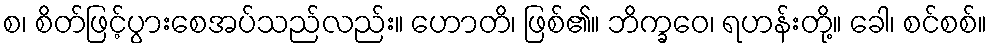
စ၊ စိတ်ဖြင့်ပွားစေအပ်သည်လည်း။ ဟောတိ၊ ဖြစ်၏။ ဘိက္ခဝေ၊ ရဟန်းတို့။ ခေါ၊ စင်စစ်။